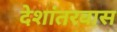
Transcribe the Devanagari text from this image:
देशांतरवास